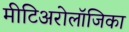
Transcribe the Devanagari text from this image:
मीटिअरोलॉजिका